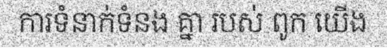
ការទំនាក់ទំនង គ្នា របស់ ពូក យើង